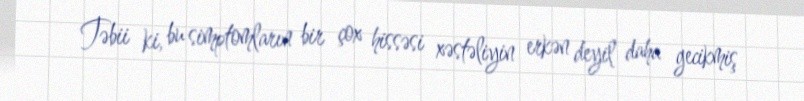
Təbii ki, bu simptomların bir çox hissəsi xəstəliyin erkən deyil daha gecikmiş